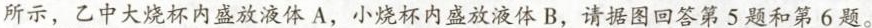
所示，乙中大烧杯内盛放液体A，小烧杯内盛放液体B，请据图回答第5题和第6题。